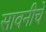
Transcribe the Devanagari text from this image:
सावनीचे